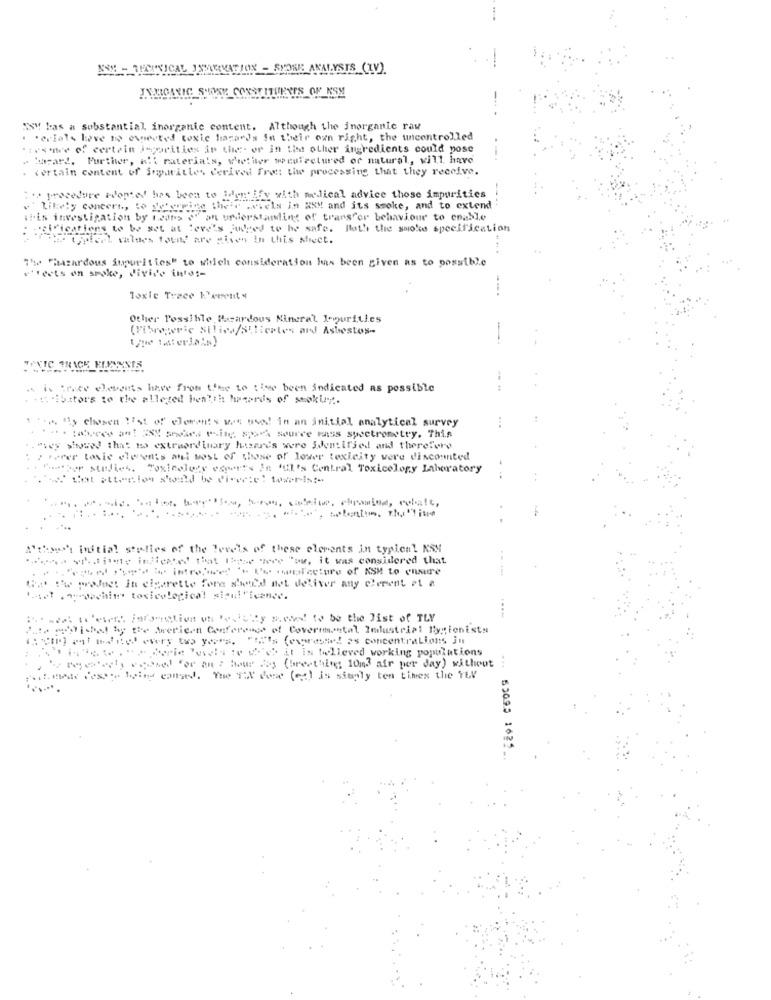
ANALYSTS (IV)
"Ny kas a substantial inorganic content. Although the inorganic raw
"erials Love to ovnected toxic hazards In their own right, the uncontrolled
ivatwee of certain isparities in the- or in the other ingredients could pose
" barart. Further, all materia's, whether weuiretured of natural, will have
Tortain content of imparitles derived front the processing that they receive.
"'> procedure Pontel has been to identify with medical advice those impurities
.' Likely concert ., to determine their .wieis in XXX and its smoke, and to extend
weis investigation by means o" an understanding of transfer behaviour to enable
: . cifications to be set at leve's judged to he safe. Both the smoke specification
al values found are given in this sheet.
The "hazardous impurities" to witch consideration has been given as to possible
Frets on spoke, divide intet-
Toxic Trace 1'ewent +
Other Possible Hazardous Nineral Jopurities
(Fibreperic SIlica/SIliertes ard Asbestos-
" is Trace elements have from time to time been indicated as possible
. . ".ibators to the alleted health hacerds of stokuny ..
. "y chosea list of derenis wat wwed in an initial analytical survey
:abveew aa! XXX se mig so source rss spectrometry. This
Shyuw that no extraordinary hasards were identified and therefore
: : herer tovic elewais asl Most of those of lower toxicity were discounted
ber studies. Toxicology experts In ful's Central Toxicology Laboratory
. .
Arthur's initial studies of the levels of these elements in typical KSH
L'aime indicated that those were "ow, it was considered that
-- win,we '" Uw quafacture of NSM to ensure
Wat Yw project in cigarette fore s'weed net deliver any cerent at a
---
!. tel . "yoachim toxicological sigul"icence.
I was inevery infarction who lesfully meant to be the list of TLY
Pate michel hy the Merican Conference of Covermental Jedustrial Bytionista
:um af eded every to yo"s. "'s (evereste! 2s concentrations in
:-------- 6℃ it is believed working populations
...
Bytes estety exased For an : home Fog (breathing 10m3 air per day) without
Put nade desportoind caused. The TEX feet (et) is simply ten times the Thy
52095 16